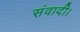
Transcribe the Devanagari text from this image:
संवादी।